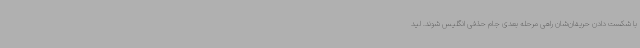
با شکست دادن حریفان‌شان راهی مرحله بعدی جام حذفی انگلیس شوند. لید